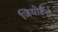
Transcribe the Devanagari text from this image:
जियोर्डैनो